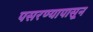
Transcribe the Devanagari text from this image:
पसरण्यापासून